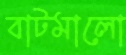
বাটমালো